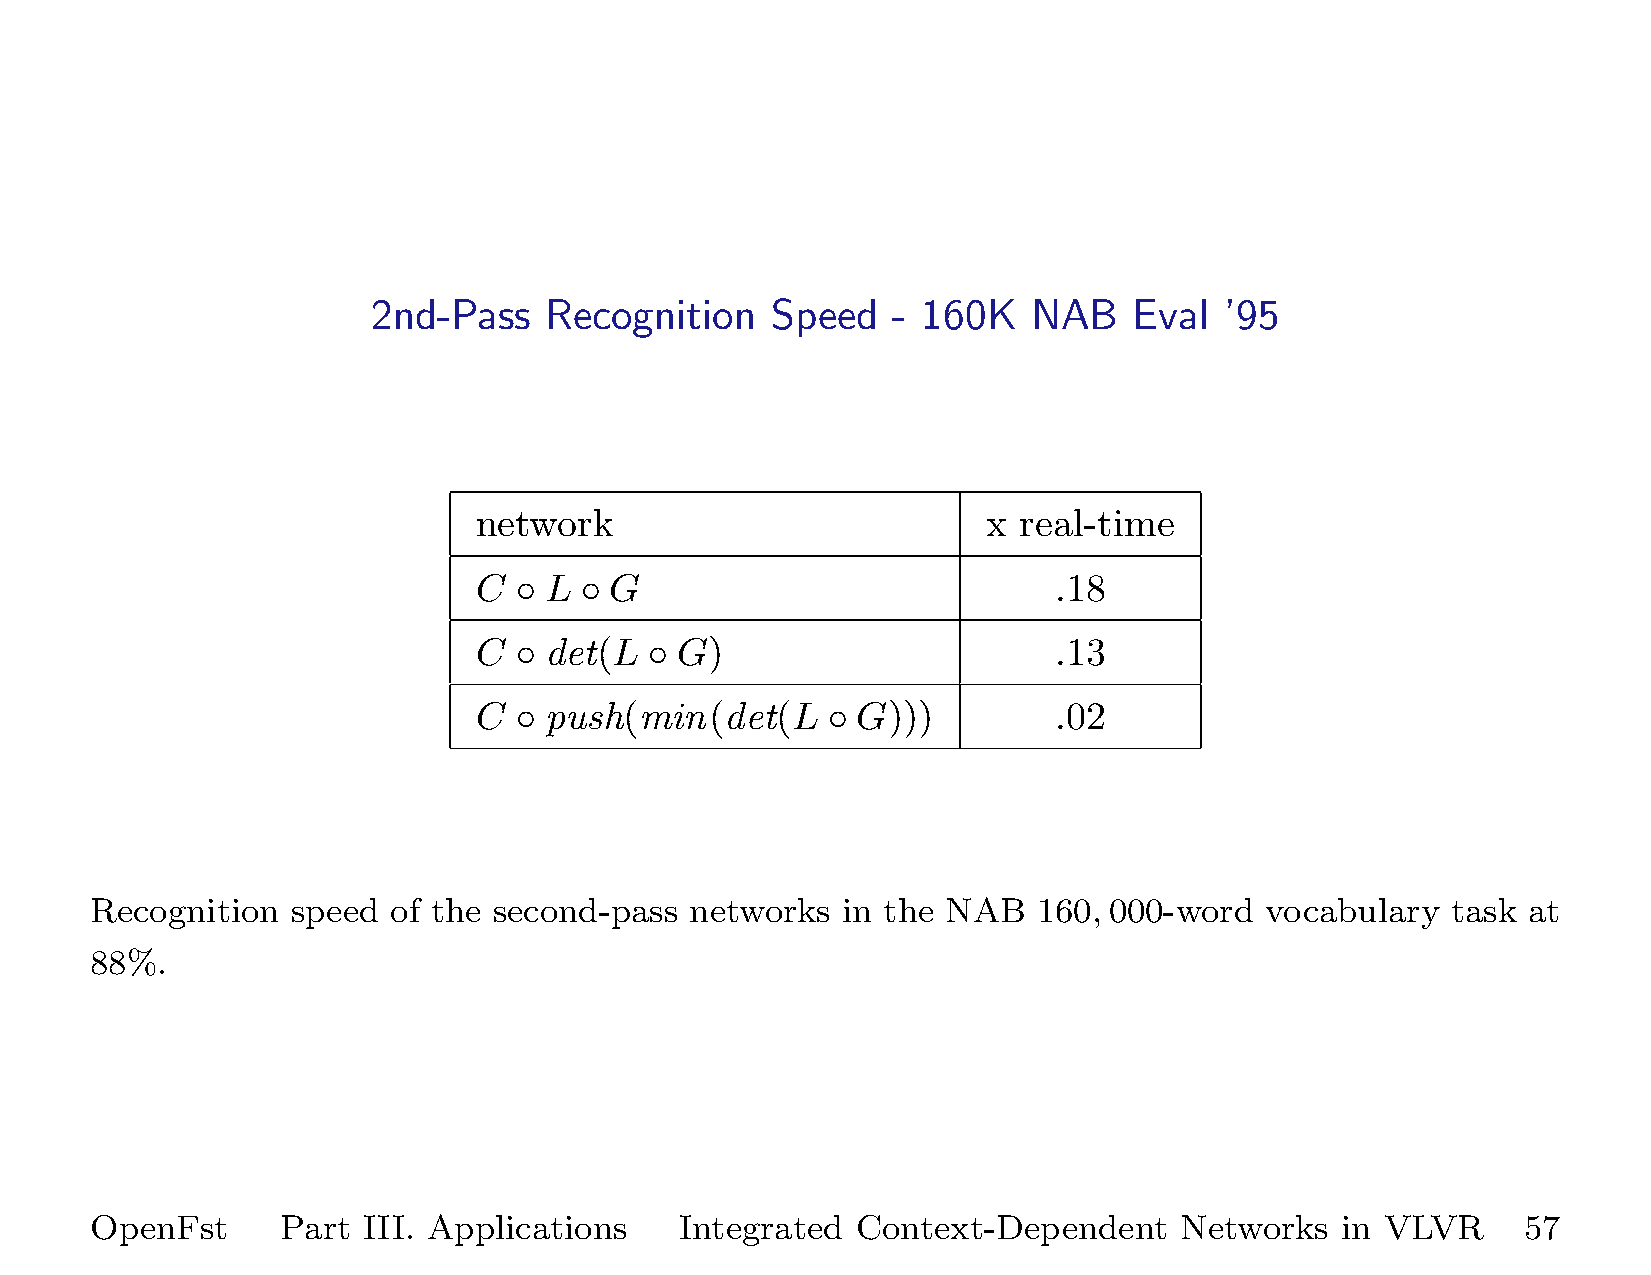
2nd-Pass   Recognition    Speed   - 160K   NAB    Eval  ’95
 network                           x real-time
 C  ◦ L ◦ G                             .18
 C  ◦ det(L  ◦ G)                       .13
 C  ◦ push(min(det(L     ◦ G)))         .02
 Recognition  speed  of the second-pass  networks  in the NAB   160,000-word   vocabulary  task at
 88%.
 OpenFst      Part III. Applications    Integrated  Context-Dependent    Networks   in VLVR     57